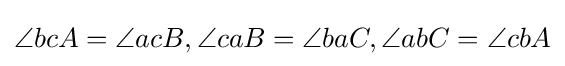
\angle bcA=\angle acB,\angle caB=\angle baC,\angle abC=\angle cbA